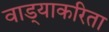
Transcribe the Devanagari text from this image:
वाड्याकरिता